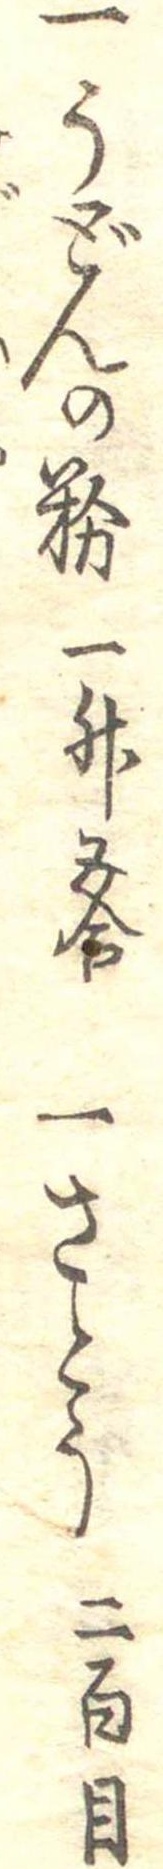
一うどんの粉一升五合一さとう二百目